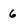
Character: 6